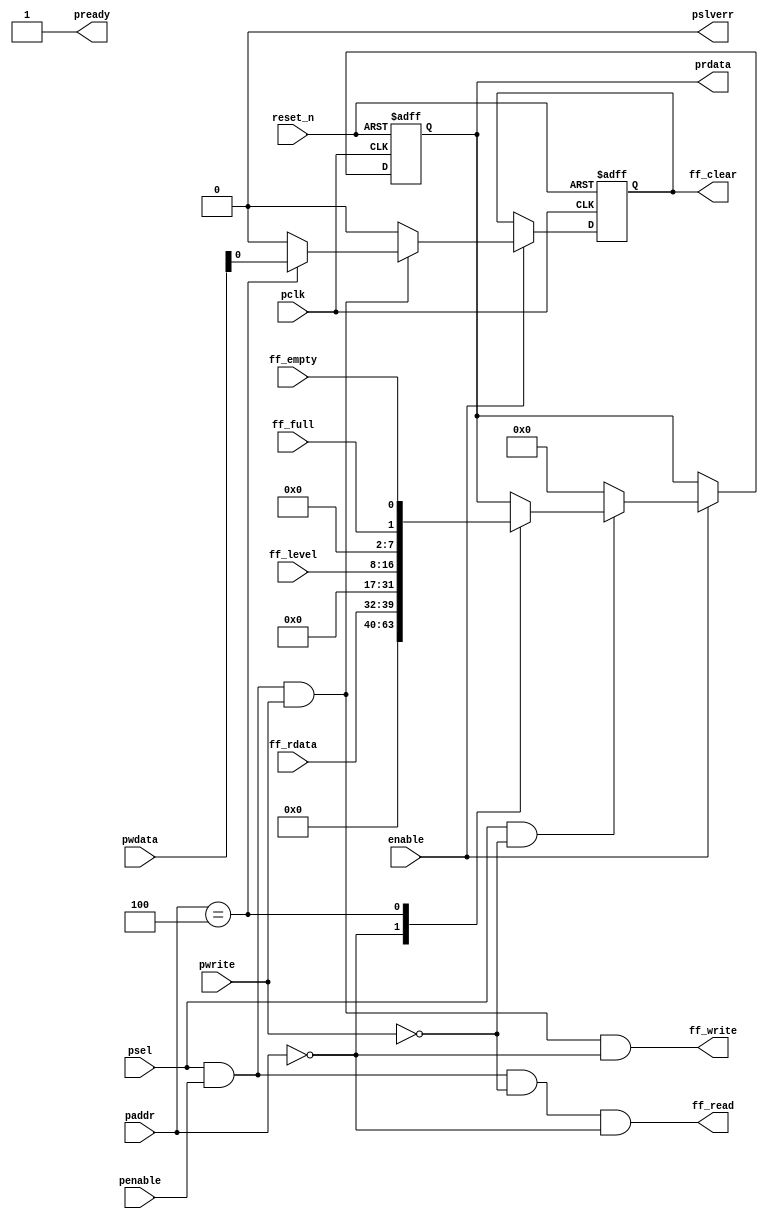
//
// Sample APB register code
// Write to and read from synchronous fall-through FIFO
// 256 deep, 8 bits wide 
// Adress offset from psel:
//   0x00 : Write goes into fifo, 
//          Read comes out of fifo
//   0x04 : Read Fifo status signals 
//          Write bit 0 set = clear 
//
//
// Freeware September 2015, Fen Logic Ltd.
// This code is free and is delivered 'as is'.
// It comes without any warranty, to the extent permitted by applicable law.
// There are no restrictions to any use or re-use of this code
// in any form or shape. It would be nice if you keep my company name
// in the source or modified source code but even that is not
// required as I can't check it anyway.
// But the code comes with no warranties or guarantees whatsoever.
//
//
// Flaws:
//  The code as-is will fail if used with pready low. 
//

module apb_fifo (
   // system
   input             reset_n,
   input             enable,  // clock gating 

   // APB
   input             pclk,            
   input      [ 3:0] paddr,   // ls 2 bits are unused 
   input             pwrite,
   input             psel,
   input             penable,
   input      [31:0] pwdata,
   output reg [31:0] prdata,
   output            pready,
   output            pslverr,

   // Interface
   output            ff_write,
   output            ff_read,
   output reg        ff_clear,
   input       [7:0] ff_rdata,
   input             ff_full,
   input             ff_empty,
   input       [8:0] ff_level
  
);

wire apb_write = psel & penable & pwrite;
wire apb_read  = psel & ~pwrite;

   assign pready  = 1'b1;
   assign pslverr = 1'b0; 
   
   // Fifo write pulse must come whilst apb_wdata is present 
   // (Thus not after cycle has finished)
   assign ff_write = psel & penable & pwrite & (paddr==4'h0);

   // Fifo read pulse must come on last cycle 
   // That makes FIFO finishes at the same time as the read cycle
   // and thus the status read on the next APB read is correct
   assign ff_read = psel & penable & ~pwrite & (paddr==4'h0);
   
   always @(posedge pclk or negedge reset_n)
   begin
      if (!reset_n)
      begin
         ff_clear <= 1'b0;
         prdata   <= 32'h0;
      end // reset
      else if (enable)
      begin         
         ff_clear <= 1'b0;
         
         if (apb_write)
         begin
            case (paddr)
            // 4'h0 :  Write to FIFO, not registers
            4'h4 :  ff_clear <= pwdata[0]; 
            endcase
         end // write
         
         if (apb_read)
         begin
            case (paddr)
            4'h0 :  prdata  <= {24'h0,ff_rdata};
            4'h4 :  prdata  <= { 15'h0, ff_level, 6'h0,ff_full,ff_empty};
            endcase
         end // read
         else
            prdata <= 32'h0;
      end // clocked
   end // always 
   
endmodule